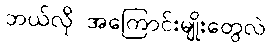
ဘယ်လို အကြောင်းမျိုးတွေလဲ